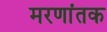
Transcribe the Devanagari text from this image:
मरणांतक